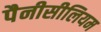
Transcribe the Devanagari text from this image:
पैनीसीलियम